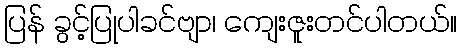
ပြန် ခွင့်ပြုပါခင်ဗျာ၊ ကျေးဇူးတင်ပါတယ်။